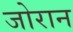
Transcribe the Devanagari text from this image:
जोरान